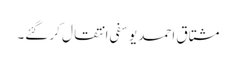
مشتاق احمد یوسفی انتقال کر گئے۔